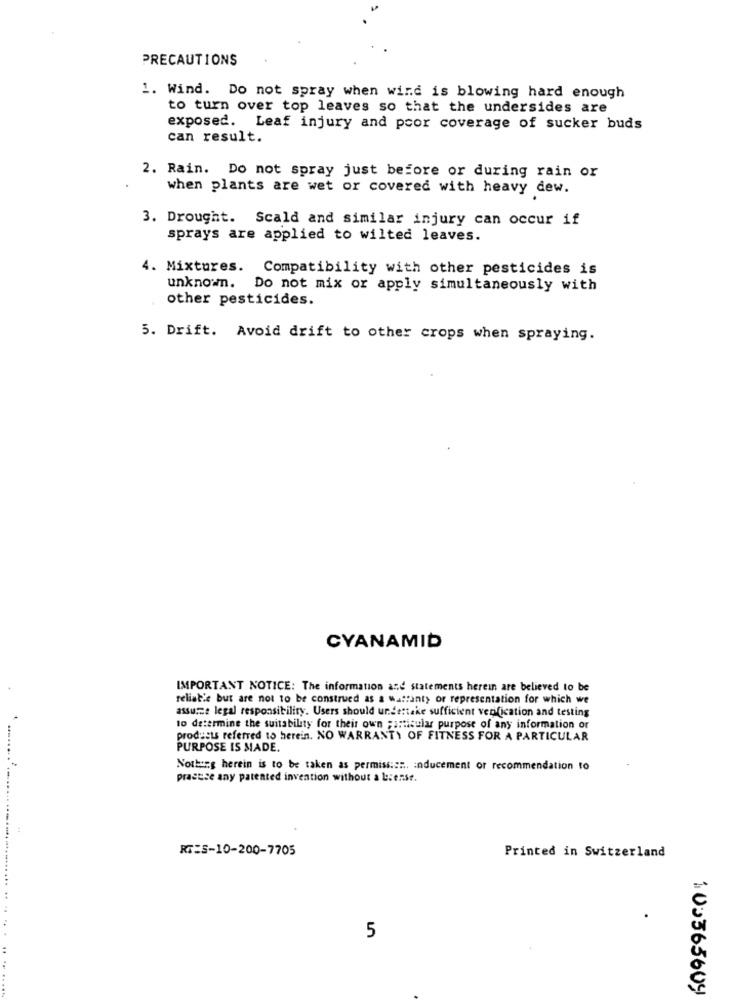
PRECAUTIONS
1. Wind. Do not spray when wind is blowing hard enough
to turn over top leaves so that the undersides are
exposed. Leaf injury and poor coverage of sucker buds
can result.
2. Rain. Do not spray just before or during rain or
when plants are wet or covered with heavy dew.
3. Drought. Scald and similar injury can occur if
sprays are applied to wilted leaves.
4. Mixtures. Compatibility with other pesticides is
unknown. Do not mix or apply simultaneously with
other pesticides.
5. Drift. Avoid drift to other crops when spraying.
CYANAMID
IMPORTANT NOTICE: The information and statements herein are believed to be
reliable but are not to be construed as a wattinty or representation for which we
assume legal responsibility. Users should undertake sufficient verification and testing
to determine the suitability for their own particular purpose of any information or
products referred to herein. NO WARRANTY OF FITNESS FOR A PARTICULAR
PURPOSE IS MADE.
Nothing herein is to be taken as permission. inducement or recommendation to
practice any patented invention without a bienst.
RT:5-10-200-7705
Printed in Switzerland
5
100365609